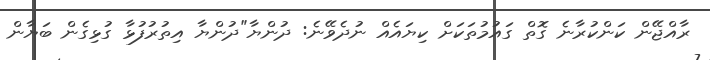
ރާއްޖޭން ކަންކުރާނެ ގޮތް ގައުމުތަކަށް ކިޔައެއް ނުދެވޭނެ: ދުންޔާ"ދުންޔާ އިތުރުފުޅާ ގުޅިގެން ބަޔާން